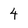
Character: 4